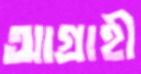
আগ্রাহী